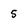
Character: 5